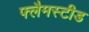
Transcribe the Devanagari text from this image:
फ्लैमस्टीड